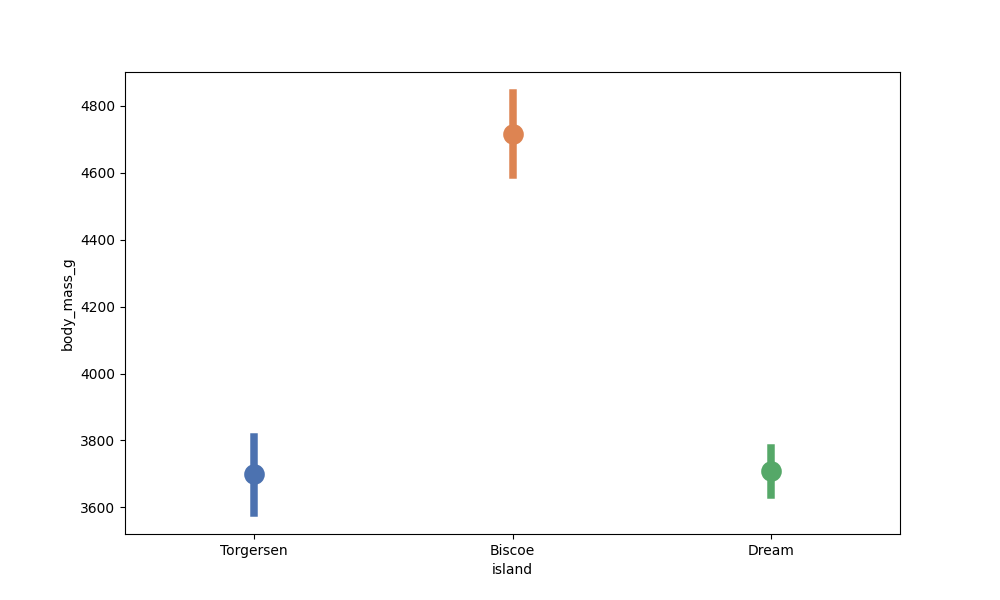
python, seaborn, pointplot, scale=2.0, join=True, hue='None', palette='deep'